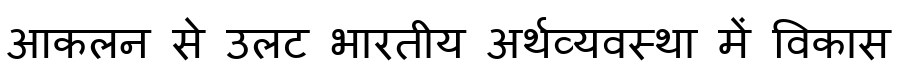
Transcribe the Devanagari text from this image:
आकलन से उलट भारतीय अर्थव्यवस्था में विकास